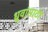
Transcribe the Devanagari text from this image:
ध्रुवांसाठी